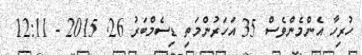
ހުރިހާ އެންމެންވެސް 35 އަހަރުންމަތި ޑިސެމްބަރު 26